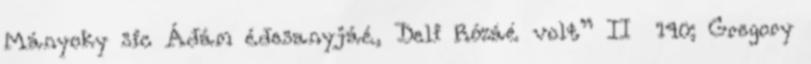
Mányoky sic Ádám édesanyjáé, Deli Rózáé volt” II 140; Gregory